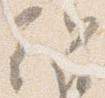
朝